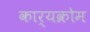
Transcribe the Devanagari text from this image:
कार्यक्रोम